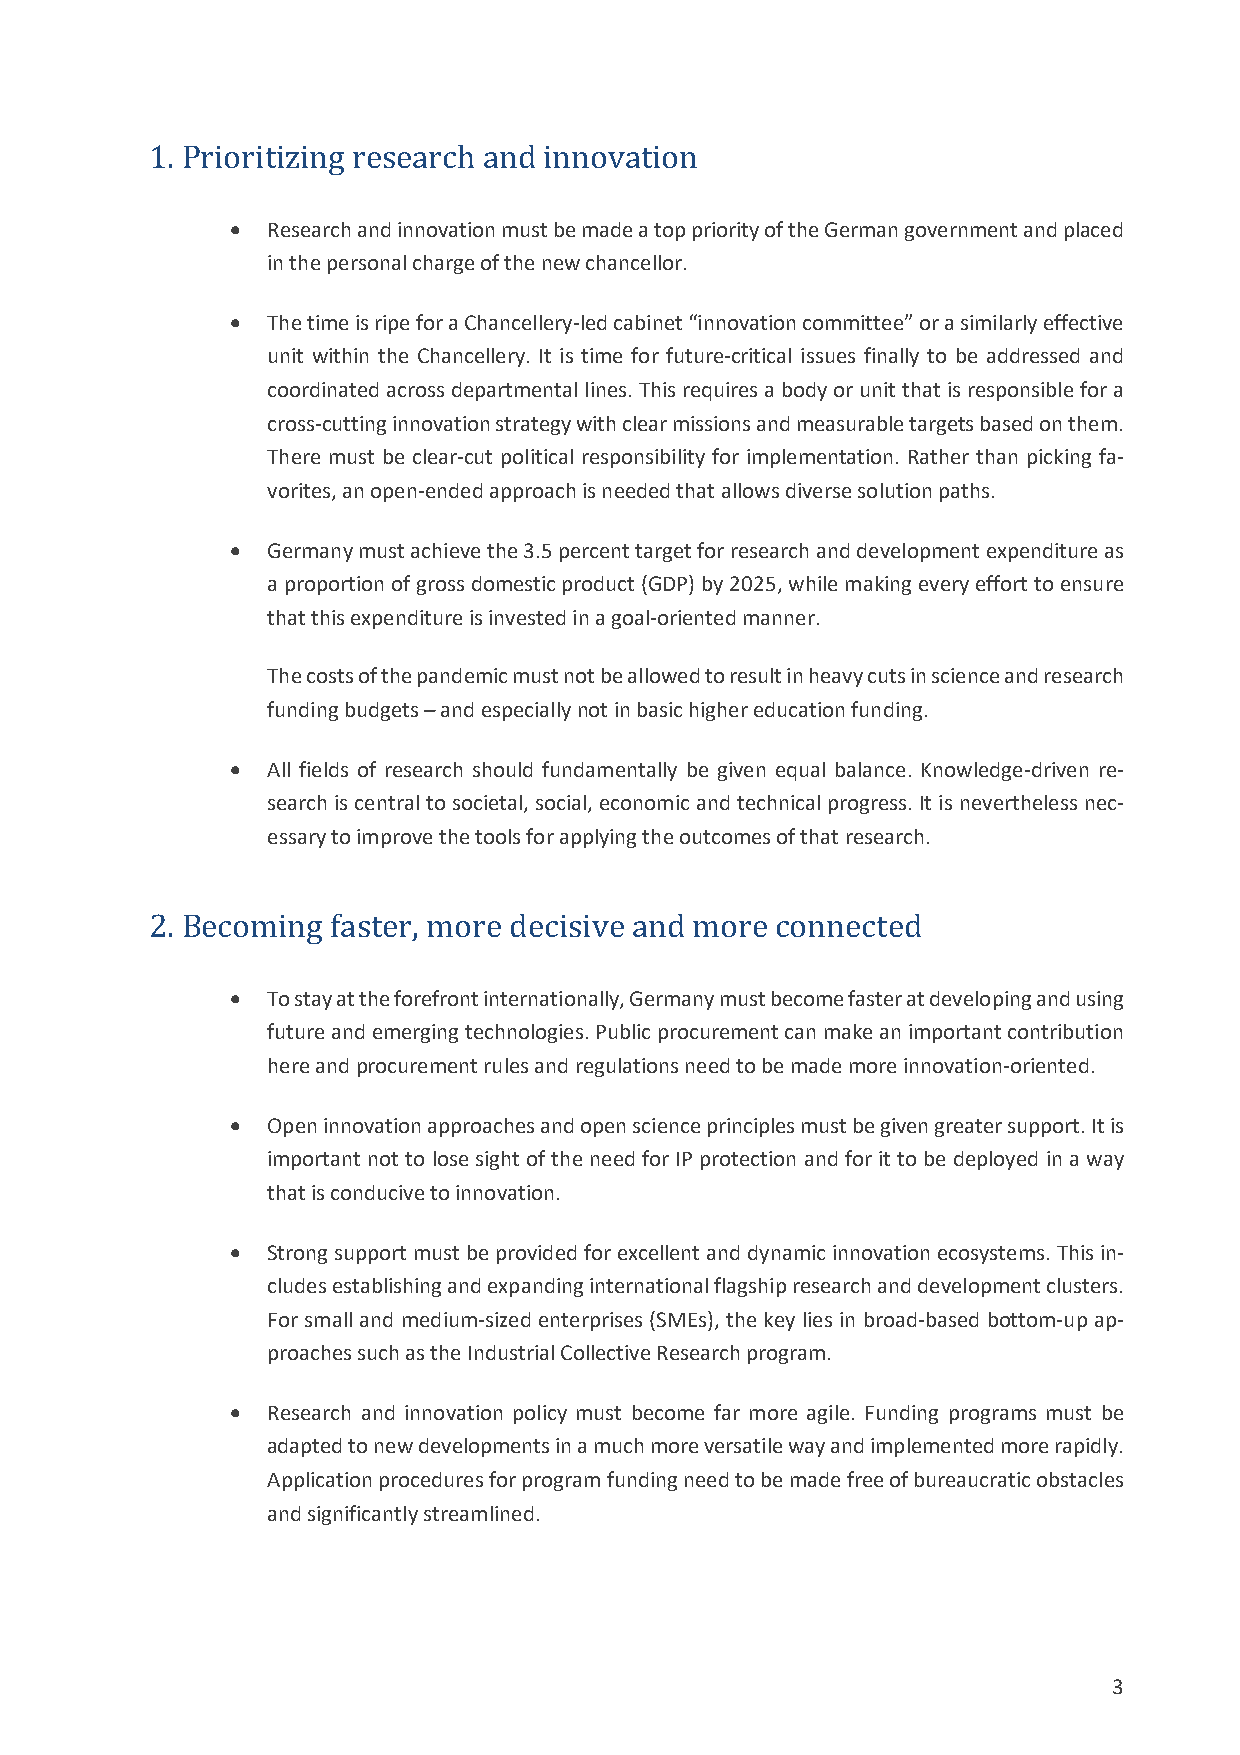
1. Prioritizing research and innovation
 •  Research and innovation must be made a top priority of the German government and placed
 in the personal charge of the new chancellor.
 •  The time is ripe for a Chancellery-led cabinet “innovation committee” or a similarly effective
 unit within the Chancellery. It is time for future-critical issues finally to be addressed and
 coordinated across departmental lines. This requires a body or unit that is responsible for a
 cross-cutting innovation strategy with clear missions and measurable targets based on them.
 There must be clear-cut political responsibility for implementation. Rather than picking fa-
 vorites, an open-ended approach is needed that allows diverse solution paths.
 •  Germany must achieve the 3.5 percent target for research and development expenditure as
 a proportion of gross domestic product (GDP) by 2025, while making every effort to ensure
 that this expenditure is invested in a goal-oriented manner.
 The costs of the pandemic must not be allowed to result in heavy cuts in science and research
 funding budgets – and especially not in basic higher education funding.
 •  All fields of research should fundamentally be given equal balance. Knowledge-driven re-
 search is central to societal, social, economic and technical progress. It is nevertheless nec-
 essary to improve the tools for applying the outcomes of that research.
 2. Becoming faster, more decisive and more connected
 •  To stay at the forefront internationally, Germany must become faster at developing and using
 future and emerging technologies. Public procurement can make an important contribution
 here and procurement rules and regulations need to be made more innovation-oriented.
 •  Open innovation approaches and open science principles must be given greater support. It is
 important not to lose sight of the need for IP protection and for it to be deployed in a way
 that is conducive to innovation.
 •  Strong support must be provided for excellent and dynamic innovation ecosystems. This in-
 cludes establishing and expanding international flagship research and development clusters.
 For small and medium-sized enterprises (SMEs), the key lies in broad-based bottom-up ap-
 proaches such as the Industrial Collective Research program.
 •  Research and innovation policy must become far more agile. Funding programs must be
 adapted to new developments in a much more versatile way and implemented more rapidly.
 Application procedures for program funding need to be made free of bureaucratic obstacles
 and significantly streamlined.
 3